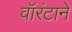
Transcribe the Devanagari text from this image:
वॉरंटाने